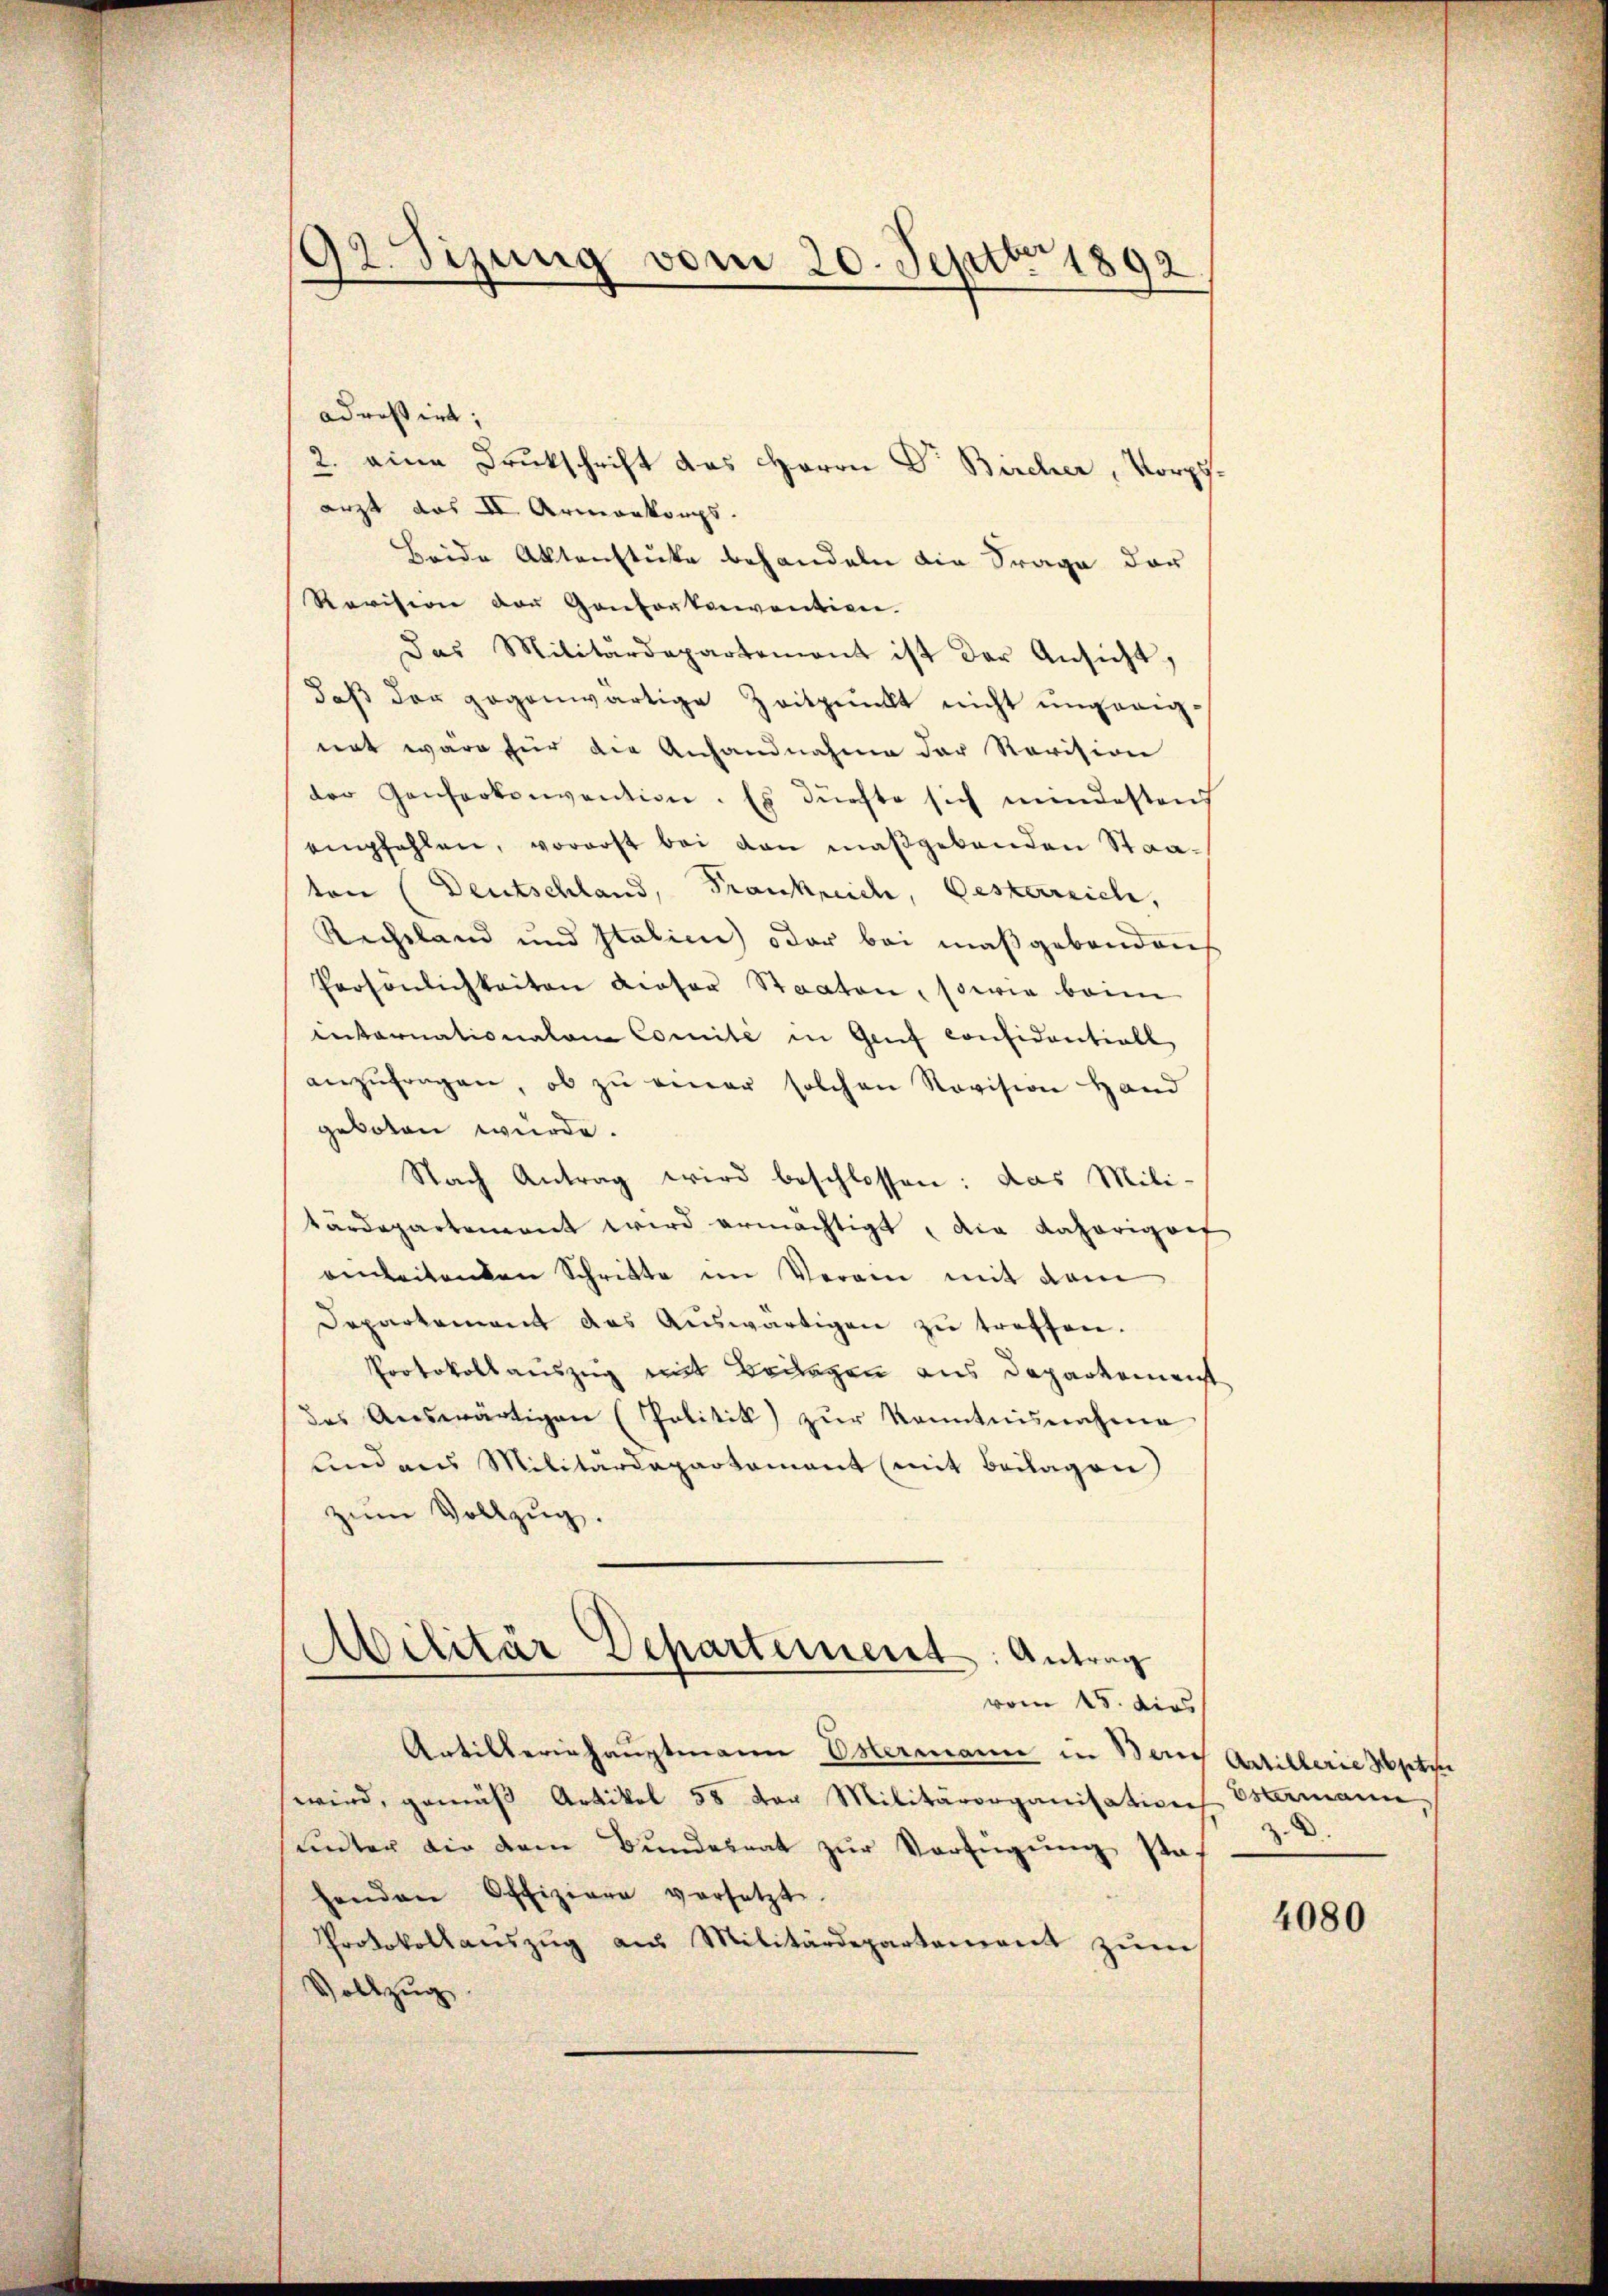
92. Sizung vom 20. Septbr 1892

adressirt;
2. eine Drukschrift das Herrn Dr. Bircher, Vorpfarzt das II. Armenkorps.
Beide Aktenstücke behandeln die Frage der
Revision der Gantortenvention.
Das Militärdepartemont ist der Ansicht,
daß der gegenwärtige Zeitpunkt nicht ungeeignat wäre für die Anhandnahme der Revision
der Genferkonvention. Es dürfte sich mindestens
empfehlen, vorerst bei von maßgebenden Staaton (Deutschland, Frankreich, Oesterreich,
Rechtland und Italien) oder bei maßgebendens
Persönlichkeiten dieser Staaten, sowie beim
internationalen Comité in Genf considentiell
anzŭfragen, ob zŭ einer solchen Revision Hand
geboten würde.
Nach Antrag wird beschlossen: das Mili-
tärdepartement wird ermächtigt, die Behörigert
einleitenden Schritte im Verein mit dem
Departement das Aŭswärtigen zu treffen.
Protokollauszug mit Beilagen aus Departement
des Auswärtigen (Politik zur kanntnisnahme
und aus Militärdepartament (mit Beilagen
zŭm Vollzug.
Militär Departement: Antrag

vom 15. dies
Artilleriehauptmann Ostermann in Bau Artillerie Hptpe
wird, gemäß Artikel 58 der Militärorganisation Estermann,
unter die dem Bundesrat zur Verfügung staf
henden Offiziere versetzte.
Protokollaŭszŭg aŭs Militärdepartement zŭm
Vollzug.

z.

4080